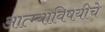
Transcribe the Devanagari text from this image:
आत्म्याविषयीचे